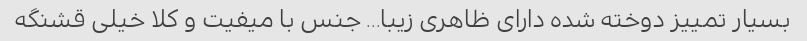
بسیار تمییز دوخته شده دارای ظاهری زیبا... جنس با میفیت و کلا خیلی قشنگه